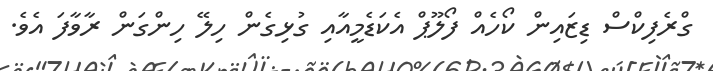
ގްރެފިކްސް ޑިޒައިން ކޯހެއް ފޯލޫޕް އެކަޑެމީއާއި ގުޅިގެން ހިލޭ ހިންގަން ރާވާފަ އެވެ.